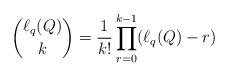
LaTeX: \begin{align*} \binom{\ell_q(Q)}{k} = \frac{1}{k!} \prod_{r=0}^{k-1} (\ell_q(Q)-r) \end{align*}